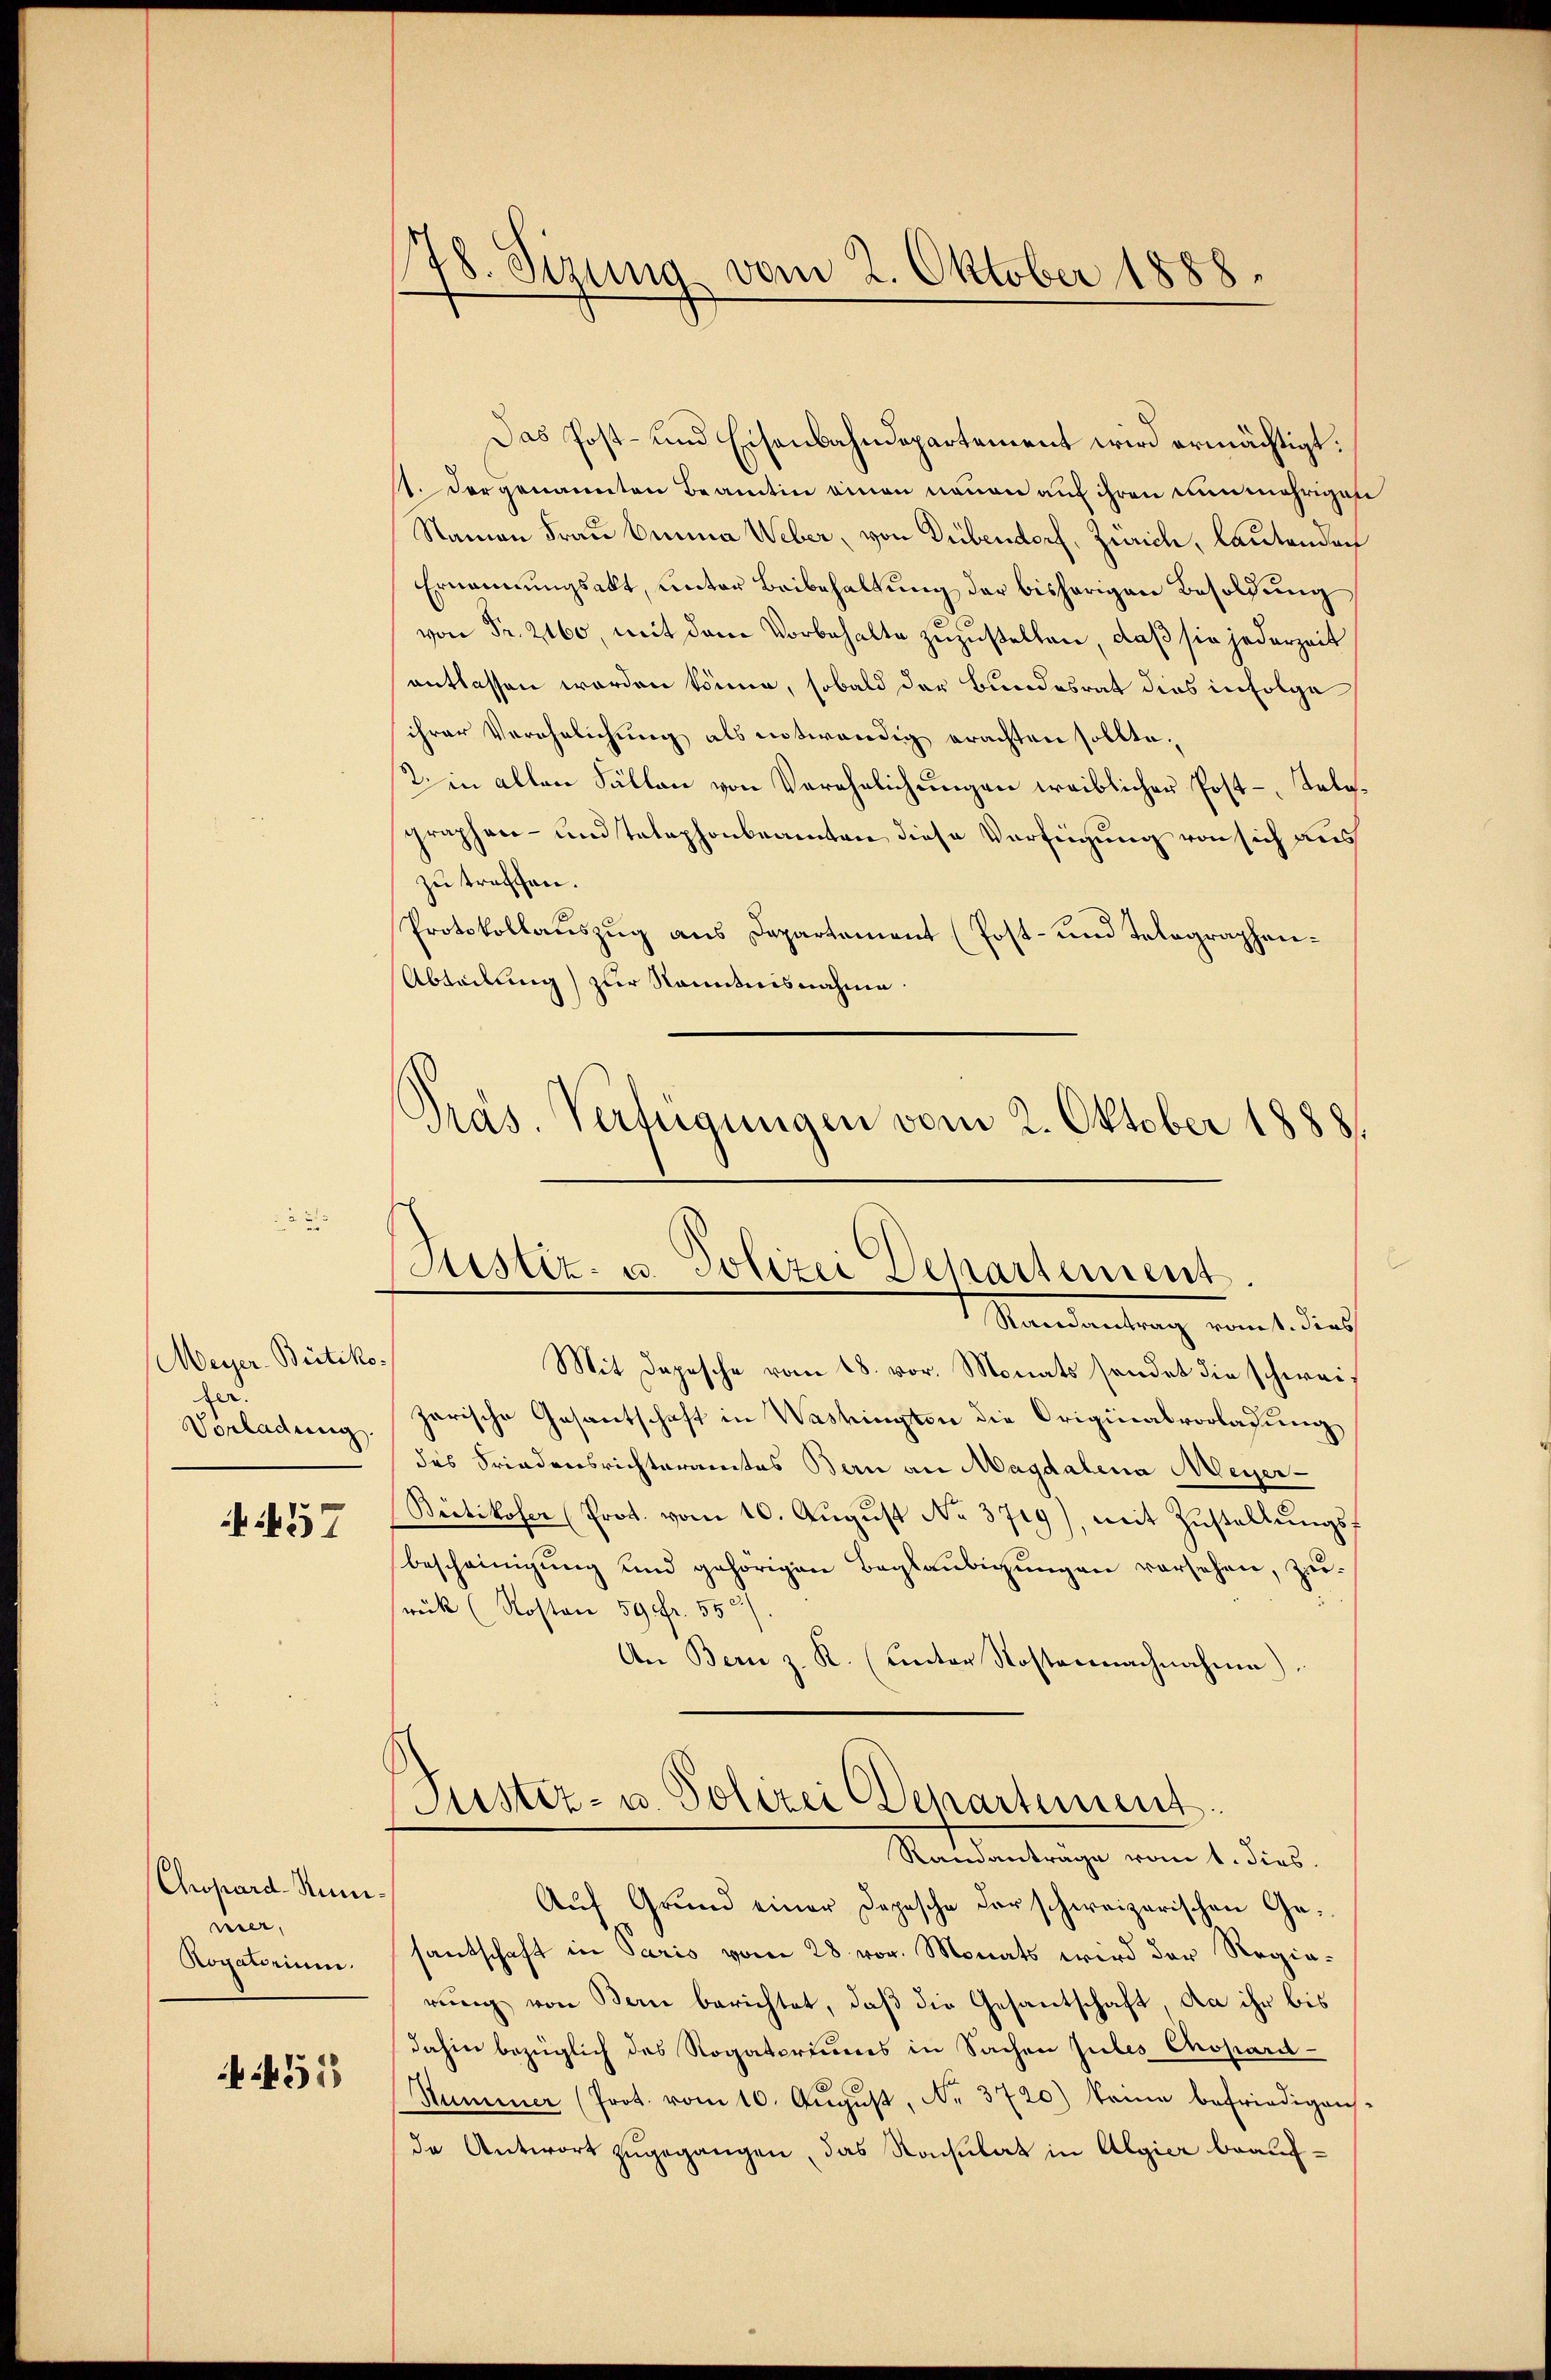
Meyer-Britiko¬
.
Vorladung.

457

Chopard-Rum.
ner,
Rogatorium.

451

78. Sizung vom 2. Oktober 1888.

Das Post- und Eisenbahndepartement wird ermächtigt.
st. Der genannten Beamten einen neuen auf ihren nunmehrigen
Namen Frau Bunna Weber, von Dübendorf, Zürich, lautenden
Ernennungsakt, unter Beibehaltung der bisherigen Besoldung
von Fr. 2160, mit dem Vorbehalte zuzustellen, daß sie jederzeit
entlassen worden könne, sobald der Bundesrat dies infolge
ihrer Verehelichung als entwendig erachten sollte.
2. in allen Fällen von Verehelichungen weiblicher Post-Telegraphen- und Telephonbeamten diese Verfügung von sich aus
zu treffen.
Protokollauszug aus Departement (Post- und Telegraphen¬
Abteilung) zur Kenntnisnahme.

Präs. Verfügungen vom 2. Oktober 1888.
Justiz- u. Polizei Departement

Mandantrag vom 1. durch
Mit Depesche vom 18. vor. Monats sendet die schweizarische Gesantschaft in Washingten die Originalvorladung
des Friedensrichteramtes Bern an Magdalena Meyer-
Bietikoser (Prot. vom 10. August No. 3719), mit Zustellungsbescheinigung und gehörigen Beglaubigungen vorsehen, zeirück (Roston 59 fr. 552
An Bern z. R. (unter Kosternachnahme)

Puster- u. Polizei Departement.
Randanträge vom 1. dies

Auf Grund einer Depesche darschweizerischen Gesantschaft in Paris vom 28. vor. Monats wird der Regie-
rung von Bern berichtet, daß die Gesantschaft, da ihr bis
dahin bezüglich des Rogatoriums in Sachen subes Chopard-
Summer (Prot. vom 10. August, Nr. 3720) keine befriedigen-
de Antwort zugegangen, das Nachlat in Algier beauf¬